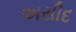
અસીદ